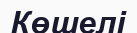
Көшелі